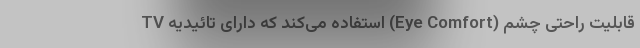
قابلیت راحتی چشم (Eye Comfort) استفاده می‌کند که دارای تائیدیه TV